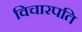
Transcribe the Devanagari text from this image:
विचारपति